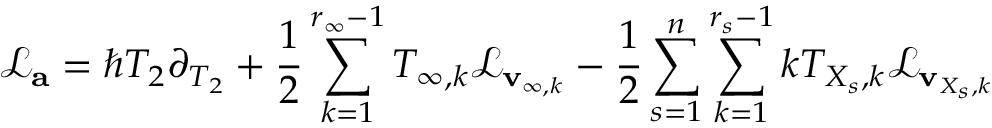
\mathcal { L } _ { \mathbf { a } } = \hbar T _ { 2 } \partial _ { T _ { 2 } } + \frac { 1 } { 2 } \sum _ { k = 1 } ^ { r _ { \infty } - 1 } T _ { \infty , k } \mathcal { L } _ { \mathbf { v } _ { \infty , k } } - \frac { 1 } { 2 } \sum _ { s = 1 } ^ { n } \sum _ { k = 1 } ^ { r _ { s } - 1 } k T _ { X _ { s } , k } \mathcal { L } _ { \mathbf { v } _ { X _ { s } , k } }